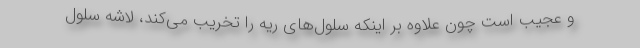
و عجیب است چون علاوه بر اینکه سلول‌های ریه را تخریب می‌کند، لاشه سلول